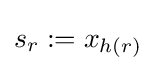
s_{r}:=x_{h(r)}